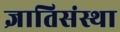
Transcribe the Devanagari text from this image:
ज्ञातिसंस्था